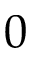
0